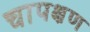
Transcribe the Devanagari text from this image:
चापक्षण